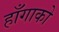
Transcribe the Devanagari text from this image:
हाँगाको